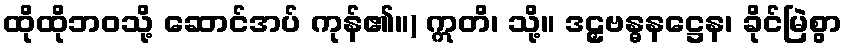
ထိုထိုဘဝသို့ ဆောင်အပ် ကုန်၏။) ဣတိ၊ သို့။ ဒဠှဗန္ဓနဋ္ဌေန၊ ခိုင်မြဲစွာ